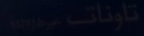
تاونات